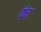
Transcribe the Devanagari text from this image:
कंट